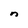
Character: n